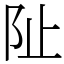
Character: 阯